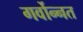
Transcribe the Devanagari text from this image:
गर्वोन्‍नत